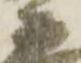
衛